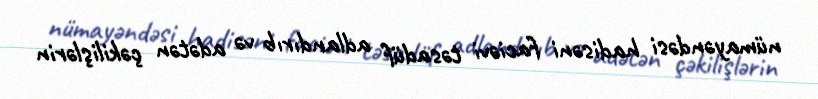
nümayəndəsi hadisəni faciəvi təsadüf adlandırıb və adətən çəkilişlərin